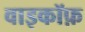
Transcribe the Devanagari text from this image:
वाइकॉफ़